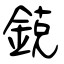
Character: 鋴